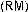
(RM)